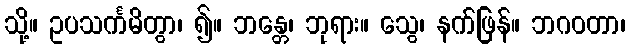
သို့။ ဥပသင်္ကမိတွာ၊ ၍။ ဘန္တေ၊ ဘုရား။ သွေ၊ နက်ဖြန်။ ဘဂဝတာ၊